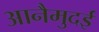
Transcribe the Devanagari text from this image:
आनैमुदई